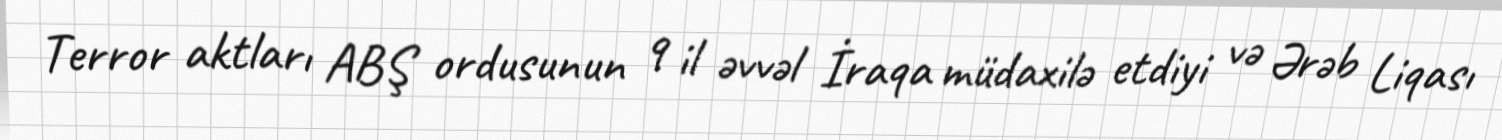
Terror aktları ABŞ ordusunun 9 il əvvəl İraqa müdaxilə etdiyi və Ərəb Liqası